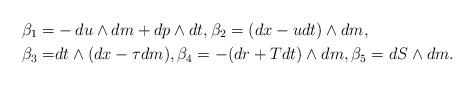
LaTeX: \begin{align*}\beta_1=&-du\wedge dm+dp\wedge dt,\beta_2=(dx-u dt)\wedge dm,\\\beta_3=&dt\wedge(dx-\tau dm),\beta_4=-(dr+T dt)\wedge dm,\beta_5=dS\wedge dm. \end{align*}